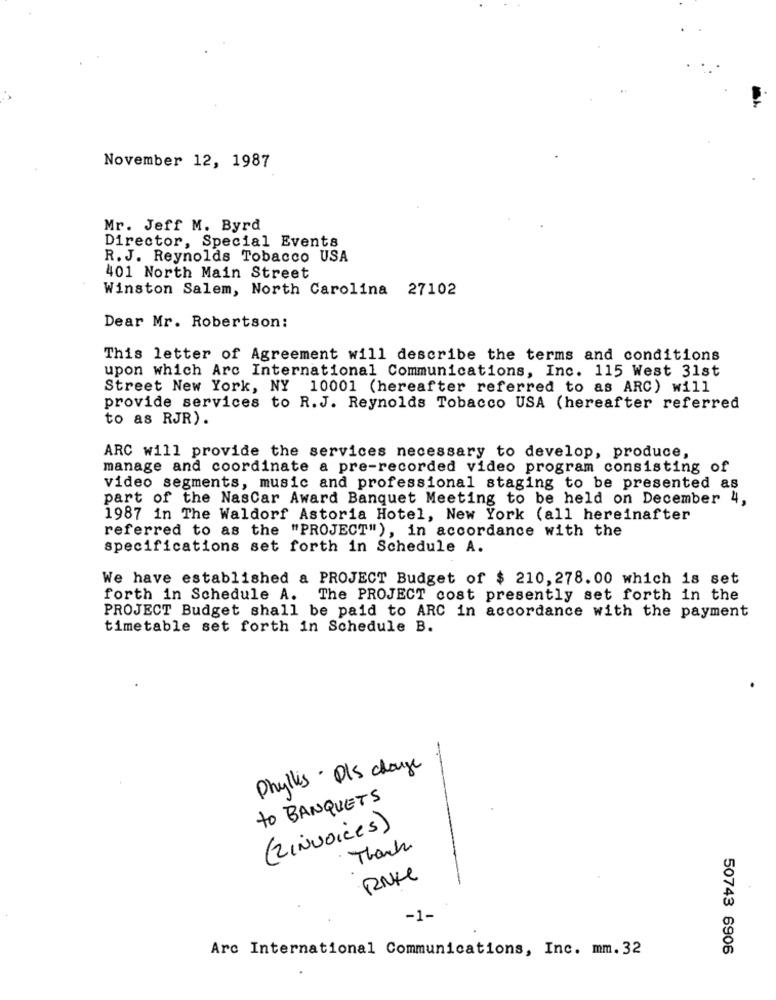
November 12, 1987
Mr. Jeff M. Byrd
Director, Special Events
R. J. Reynolds Tobacco USA
401 North Main Street
Winston Salem, North Carolina 27102
Dear Mr. Robertson:
This letter of Agreement will describe the terms and conditions
upon which Arc International Communications, Inc. 115 West 31st
Street New York, NY 10001 (hereafter referred to as ARC) will
provide services to R.J. Reynolds Tobacco USA (hereafter referred
to as RJR).
ARC will provide the services necessary to develop, produce,
manage and coordinate a pre-recorded video program consisting of
video segments, music and professional staging to be presented as
part of the NasCar Award Banquet Meeting to be held on December 4,
1987 in The Waldorf Astoria Hotel, New York (all hereinafter
referred to as the "PROJECT"), in accordance with the
specifications set forth in Schedule A.
We have established a PROJECT Budget of $ 210,278.00 which is set
forth in Schedule A. The PROJECT cost presently set forth in the
PROJECT Budget shall be paid to ARC in accordance with the payment
timetable set forth in Schedule B.
Phyllis · DIS change
to BANQUETS
(2INVOIces)
Thank
RNM
-1-
Arc International Communications, Inc. mm. 32
50743 6906